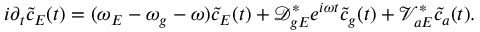
i \partial _ { t } \tilde { c } _ { E } ( t ) = ( \omega _ { E } - \omega _ { g } - \omega ) \tilde { c } _ { E } ( t ) + \mathcal { D } _ { g E } ^ { * } e ^ { i \omega t } \tilde { c } _ { g } ( t ) + \mathcal { V } _ { a E } ^ { * } \tilde { c } _ { a } ( t ) .